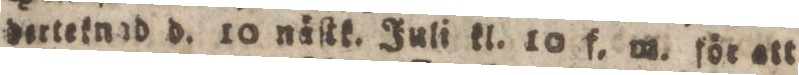
dertetnad d. 10 nåſtk. Juli kl. 10 f, m. för att